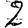
Digit: 2